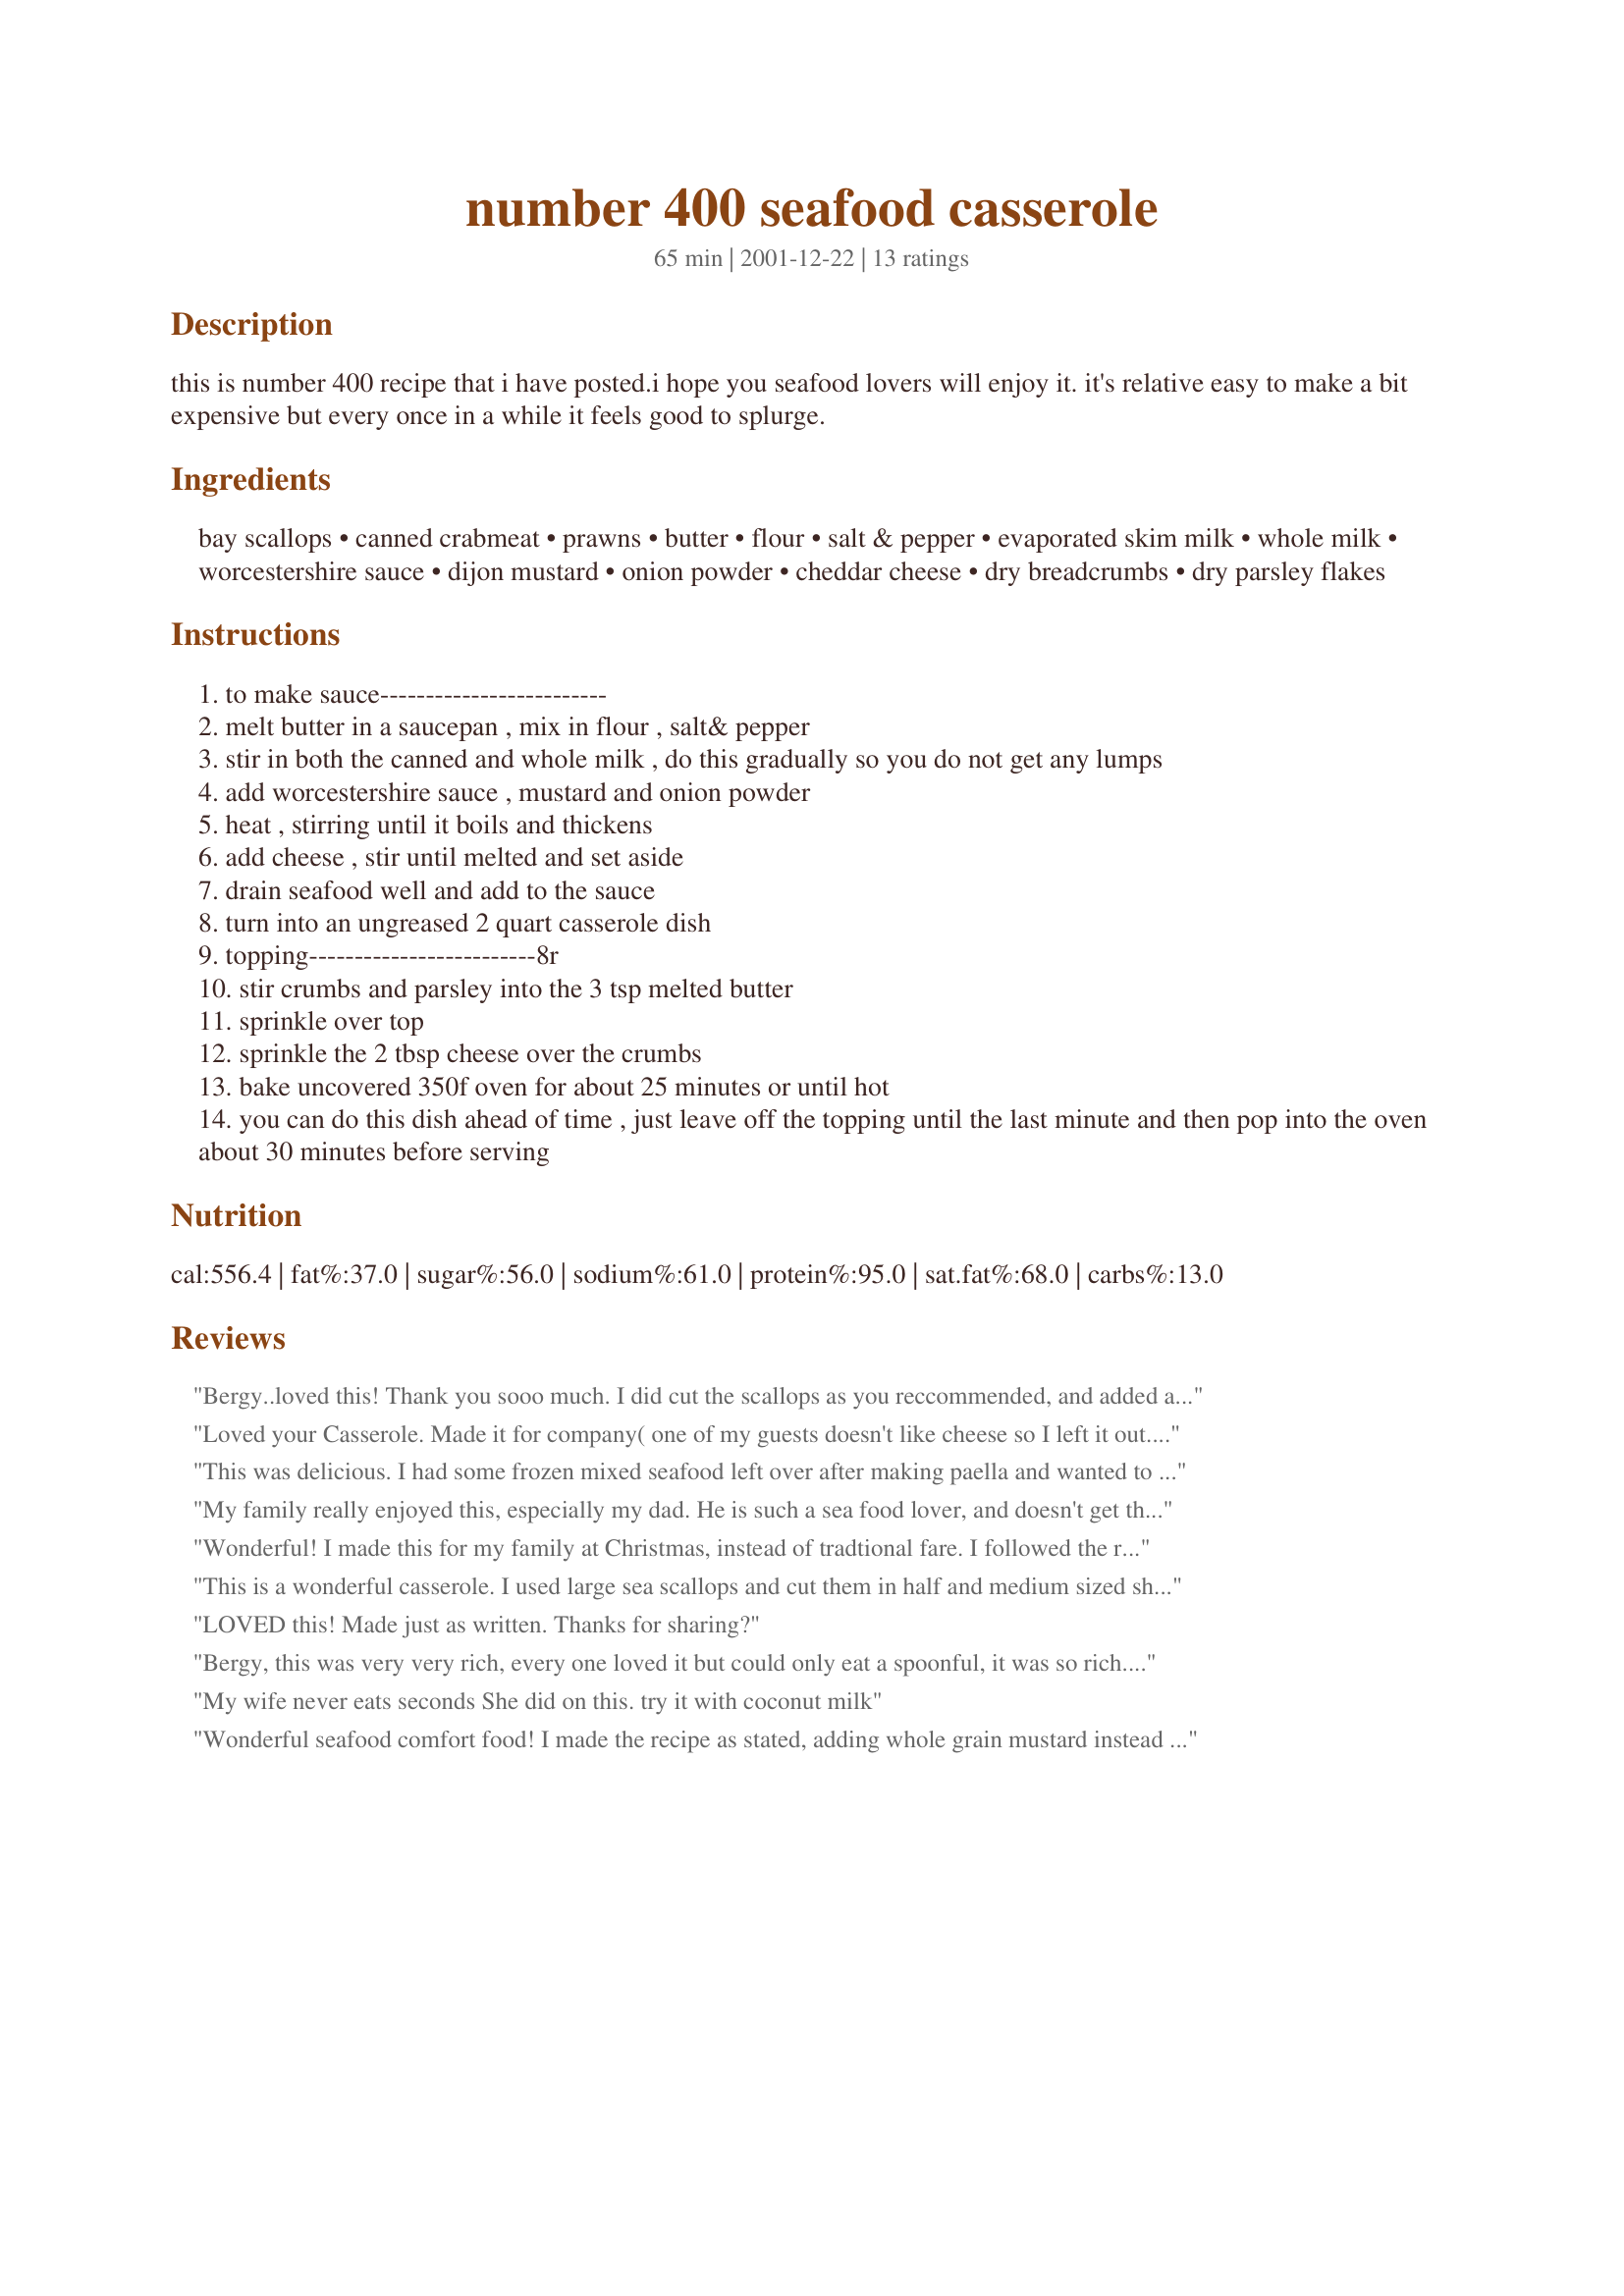
number 400 seafood casserole
Preparation time: 65 minutes

this is number 400 recipe that i have posted.i hope you seafood lovers will enjoy it. it's relative easy to make a bit expensive but every once in a while it feels good to splurge.

Ingredients:
bay scallops, canned crabmeat, prawns, butter, flour, salt & pepper, evaporated skim milk, whole milk, worcestershire sauce, dijon mustard, onion powder, cheddar cheese, dry breadcrumbs, dry parsley flakes

Steps:
to make sauce-------------------------
melt butter in a saucepan , mix in flour , salt& pepper
stir in both the canned and whole milk , do this gradually so you do not get any lumps
add worcestershire sauce , mustard and onion powder
heat , stirring until it boils and thickens
add cheese , stir until melted and set aside
drain seafood well and add to the sauce
turn into an ungreased 2 quart casserole dish
topping-------------------------8r
stir crumbs and parsley into the 3 tsp melted butter
sprinkle over top
sprinkle the 2 tbsp cheese over the crumbs
bake uncovered 350f oven for about 25 minutes or until hot
you can do this dish ahead of time , just leave off the topping until the last minute and then pop into the oven about 30 minutes before serving

Reviews:
Bergy..loved this! Thank you sooo much. I did cut the scallops as you reccommended, and added a bit of stone ground mustard too!(just a personal favorite). Thanks again! Will make this again as soon as fresh scallops show themselves!

Jill
Loved your Casserole. Made it for company( one of my guests doesn't like cheese so I left it out. 
To easy to prepare.I served it with Orzo.
This was delicious. I had some frozen mixed seafood left over after making paella and wanted to do something different with it. This was very easy and I loved being able to assemble it ahead. Next time I think I will add a bit of garlic salt and increase the worcestershire a tiny bit... but that's my preference.

Thanks for sharing.
My family really enjoyed this, especially my dad. He is such a sea food lover, and doesn't get the yummiest seafood in Kansas. He is here (CA)for the holidays and I wanted to make something special for him. He really loved it. Rich and creamy. We had left overs the next day, and they were delicious as well. Thanks for posting!
Wonderful! I made this for my family at Christmas, instead of tradtional fare. I followed the recipe exactly, with the exception of instead of onion powder I used garlic salt. Everyone raved about this recipe. Delicious. Can't wait to make it again!
This is a wonderful casserole. I used large sea scallops and cut them in half and medium sized shrimp. I also used half & half instead of evaporated milk. Since we are pasta lovers, I served it over broad noodles. There is a little left over, but not for long, I hid it away for my lunch.
LOVED this! Made just as written. Thanks for sharing?
Bergy, this was very very rich, every one loved it but could only eat a spoonful, it was so rich.
The next time I make it I would just use whole milk instead of the evapourated skim. It was an excellant dish for a Seafood feast buffet. Thank-you for a new dish added to our annual event.
Dorothy
My wife never eats seconds She did on this. try it with coconut milk
Wonderful seafood comfort food! I made the recipe as stated, adding whole grain mustard instead of the dijon, dehydrated minced onion for the onion powder, and adding a 10 oz pkg of frozen peas. i served it with crinkle cut carrots on the side. WONDERFUL. THANK YOU!
Excellent dish, but I used 2% milk in place of both the evaporated and whole milk (it was still very rich, even with the substitution). I also used codfish in place of scallops (any firm fish will do), added about a half cup of diced leeks instead of the onion powder and tossed in 1 cup of peas. I'll be making this dish again!
I made this for Valentines Day dinner...Cut out with heart cookie cutter some puff pastry and served this over the puffed out hearts...it was wonderful...would be great to serve for guests...thanks
Loved it! I used 1% milk in lieu of whole and evaporated and added som frozen peas before throwing this in the oven for color and some veges. It turned out great- the hardest part of this recipe was deveining the shrimp! :-)
Thanks!
